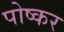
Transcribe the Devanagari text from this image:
पोष्कर